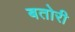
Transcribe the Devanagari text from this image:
बतोरी